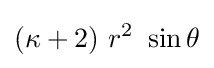
(\kappa +2)~r^{2}~\sin \theta